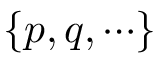
\{ p , q , \cdots \}